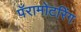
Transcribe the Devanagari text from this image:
पॅरामोटरिंग